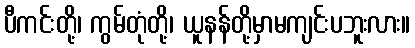
ပီကင်းတို့၊ ကွမ်တုံတို့၊ ယူနန်တို့မှာမကျင်းပဘူးလား။